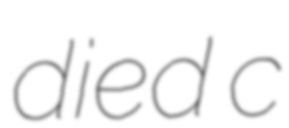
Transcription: died c